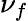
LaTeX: \nu_{f}